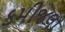
કમીજલા